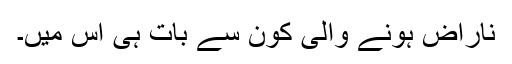
ناراض ہونے والی کون سے بات ہی اس میں۔